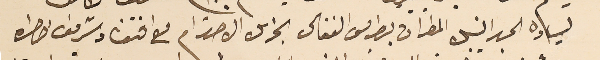
لسياده الحبر النيبل المطران بطرس الفغالى الجزىل الاحترام مع افتقاد شريف خاطره